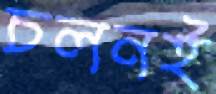
চলনই